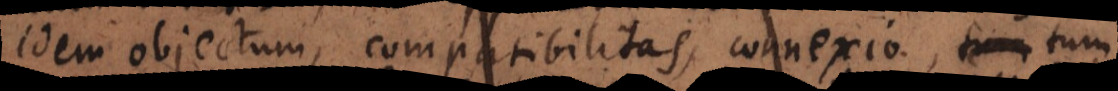
idem objectum, compatibilitas, connexio, tum